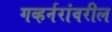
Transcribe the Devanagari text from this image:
गव्हर्नरांवरील